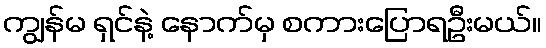
ကျွန်မ ရှင်နဲ့ နောက်မှ စကားပြောရဦးမယ်။